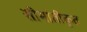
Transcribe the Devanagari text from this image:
सीमांतीकृत